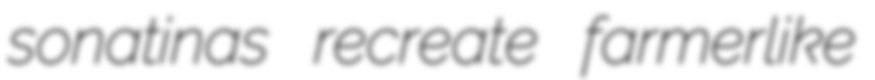
sonatinas recreate farmerlike